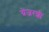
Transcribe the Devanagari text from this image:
ग्रेंजरशी